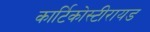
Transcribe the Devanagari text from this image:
कार्टिकोस्टीरायड